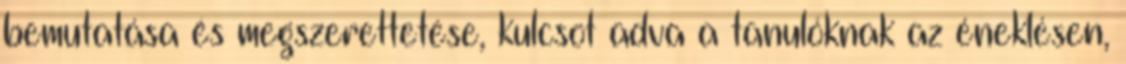
bemutatása és megszerettetése, kulcsot adva a tanulóknak az éneklésen,